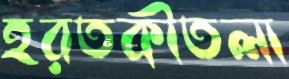
হরতকীতলা